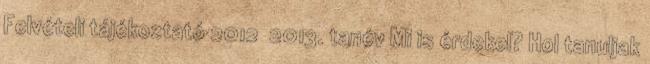
Felvételi tájékoztató 2012 2013. tanév Mi is érdekel? Hol tanuljak